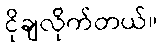
ငိုချလိုက်တယ်။